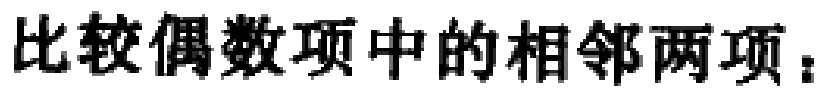
比较偶数项中的相邻两项：